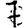
Digit: 7